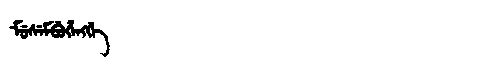
Manchu: ᠮᡠᠰᡝᠮᠪᡠᡥᡝᠩᡤᡝ
Romanization: MUSEMBUHENGGE